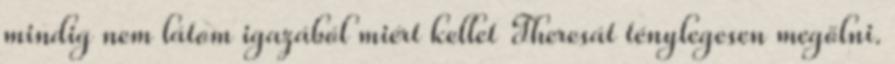
mindig nem látom igazából miért kellet Theresát ténylegesen megölni.